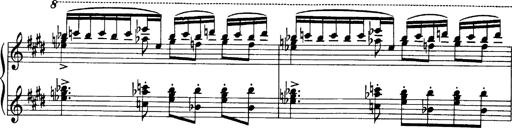
Title: OuvertÃ¼re zu TannhÃ¤user
Composer: Franz Liszt